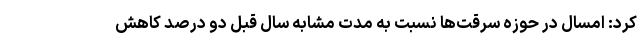
کرد: امسال در حوزه سرقت‌ها نسبت به مدت مشابه سال قبل دو درصد کاهش